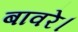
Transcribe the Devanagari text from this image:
बावरे।